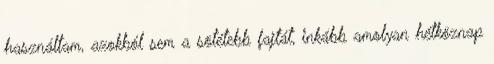
használtam, azokból sem a sötétebb fajtát, inkább amolyan hétköznap